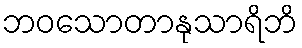
ဘဝသောတာနုသာရိဘိ